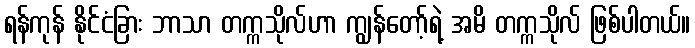
ရန်ကုန် နိုင်ငံခြား ဘာသာ တက္ကသိုလ်ဟာ ကျွန်တော့်ရဲ့ အမိ တက္ကသိုလ် ဖြစ်ပါတယ်။